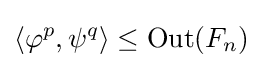
\langle \varphi ^{p},\psi ^{q}\rangle \leq \operatorname {Out} (F_{n})